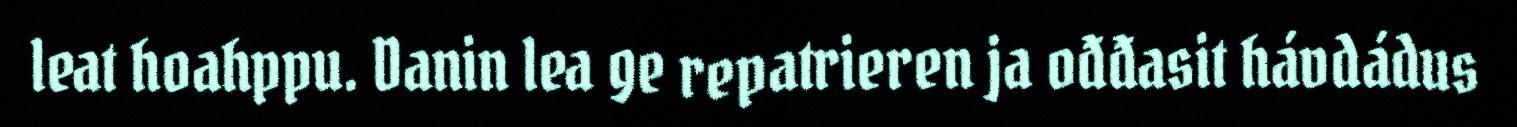
leat hoahppu. Danin lea ge repatrieren ja ođđasit hávdádus